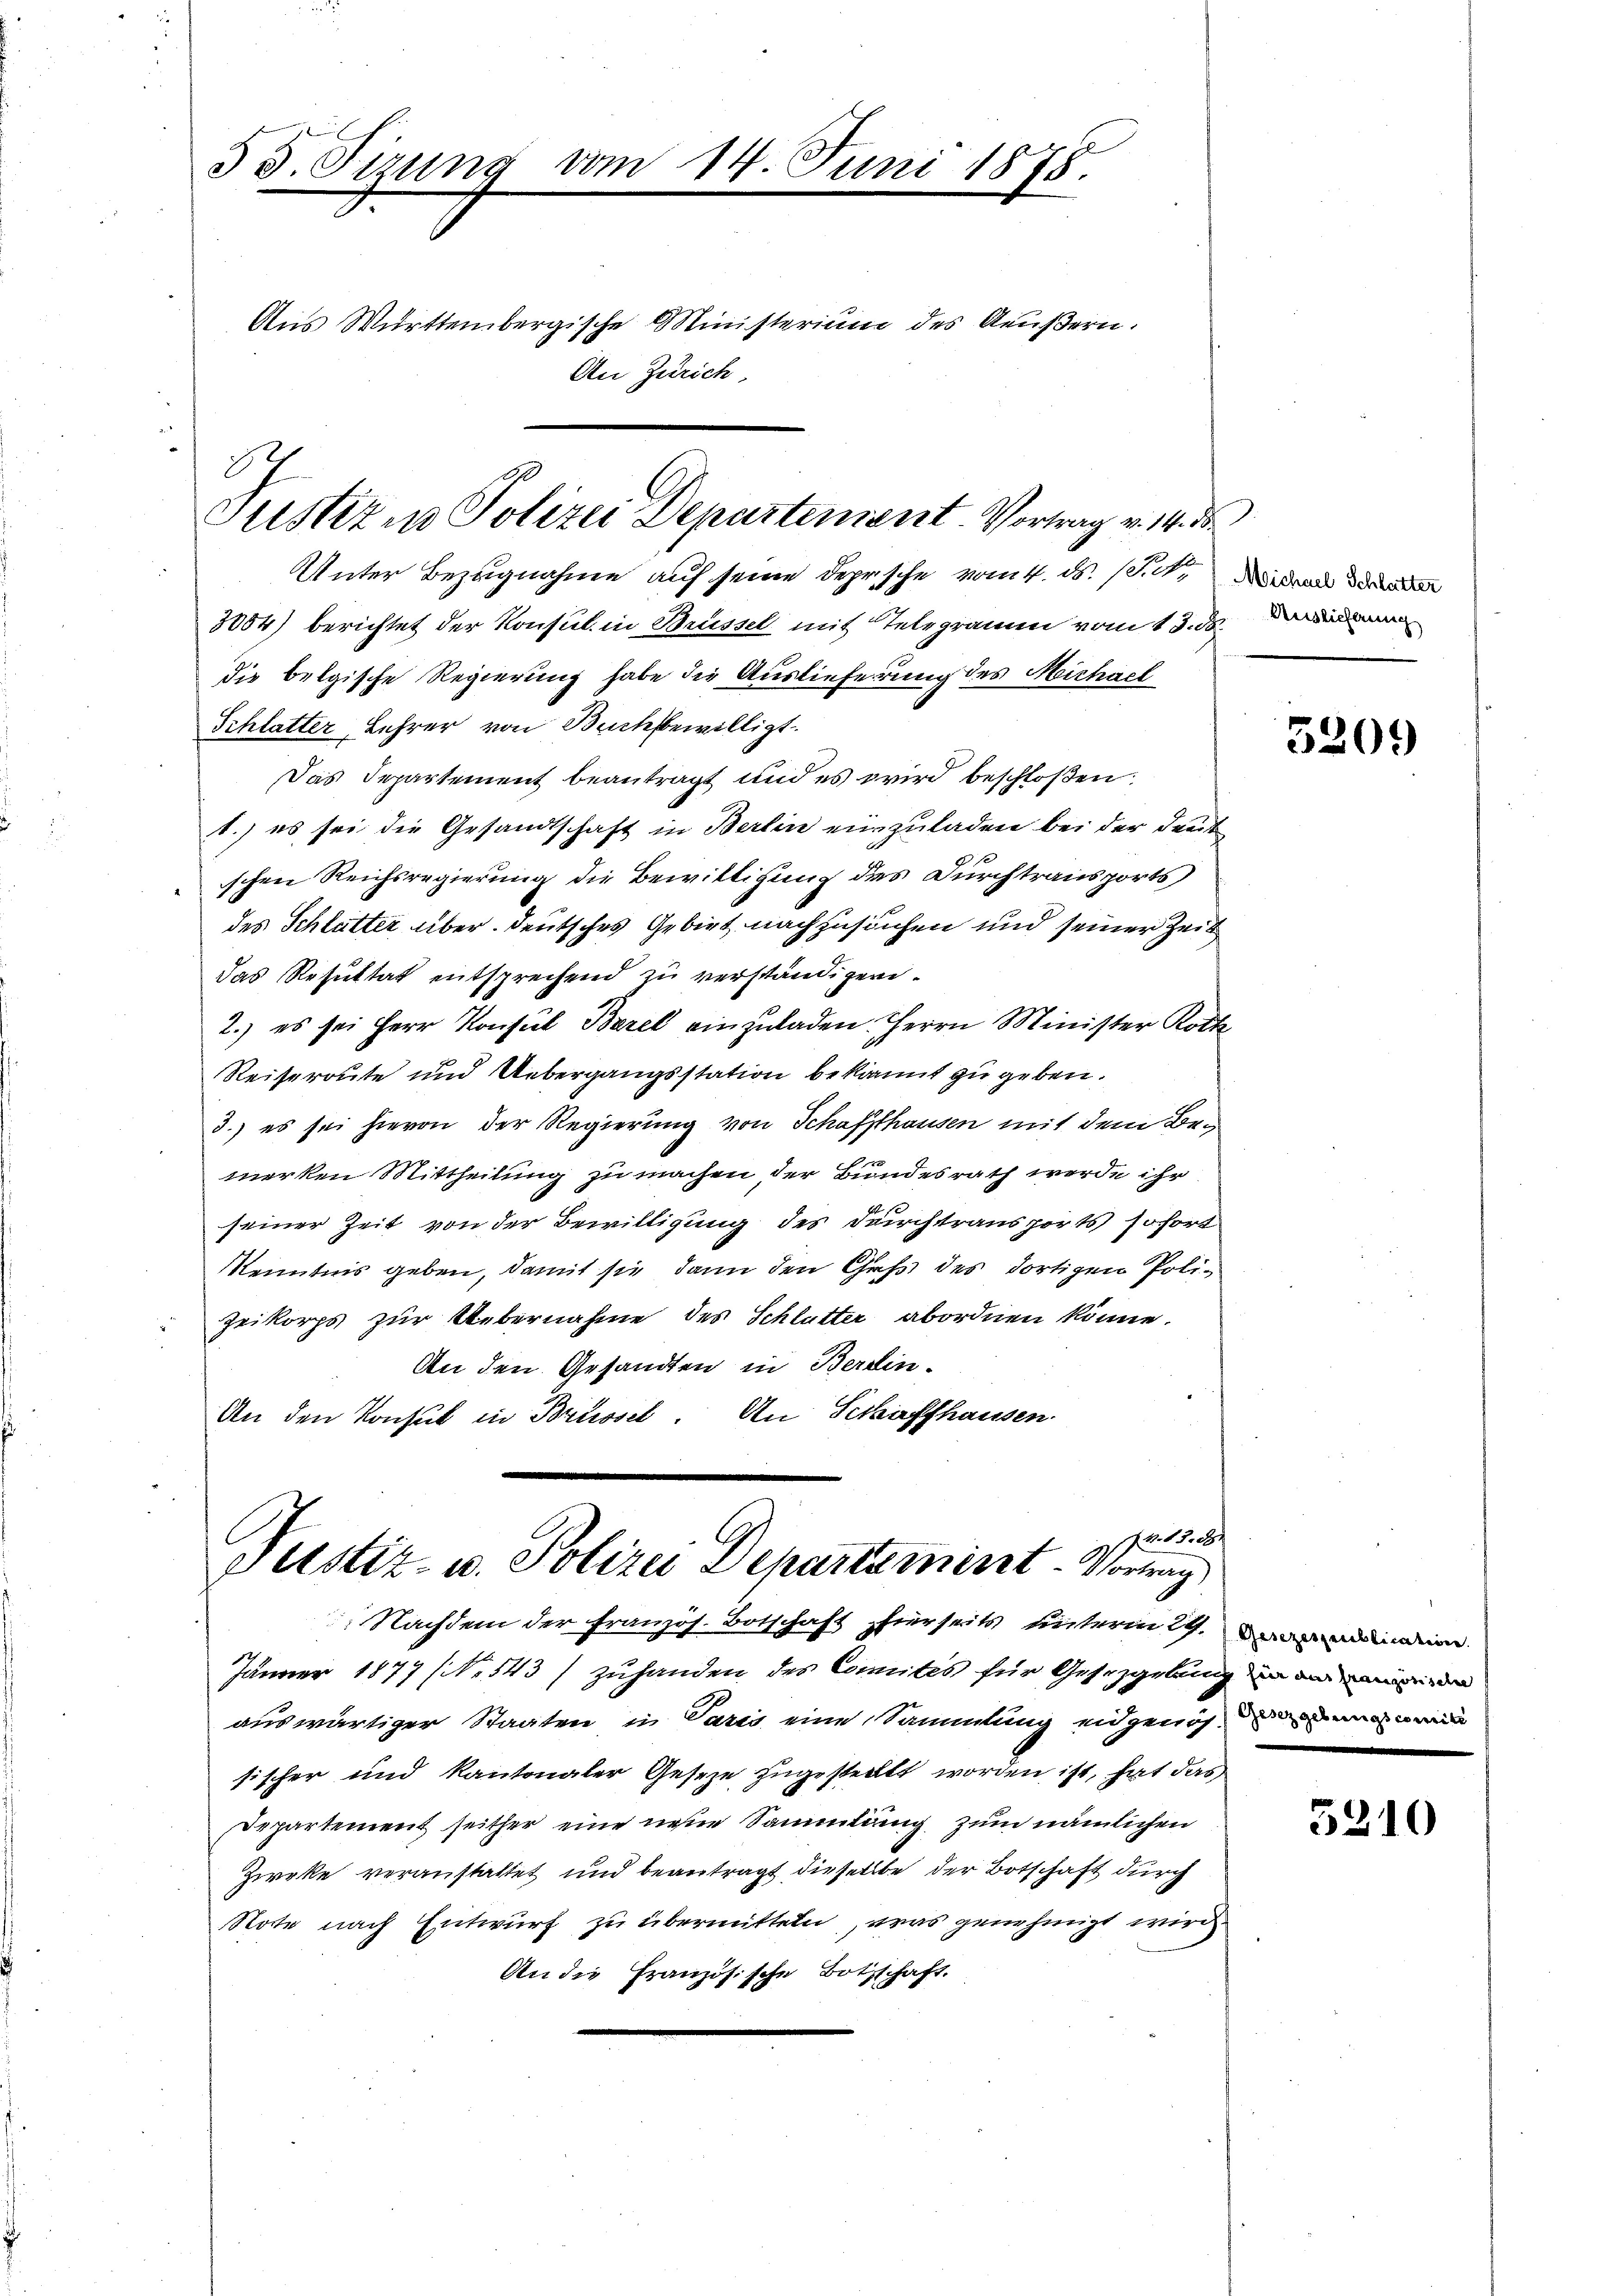
3 J. Sizung vom 14. Juni 1878.
Aus Württembergische Ministerium des Aeußern.
An Zürich,

Ich
Justiz in Polizei Departement. Vortrag v. 14. de

Unter Bezugnahme auf seine deprische vom 4. ds. (T. 4. den de
3004) berichtet der Konsul in Brüssel mit Telegramm vom 13. ds. Dan
die belgische Regierung habe die Auslieferung des Michael
Schlatter, Lehrer von Buchbewilligt.
Das Departement beantragt und es wird beschloßen:
1.) es sei die Gesandtschaft in Berlin einzuladen bei der Deut
schen Reichsregierung die Bewilligung des Durchtransports
des Schlatter über deutsches Gebiet nachzusuchen und seiner Zeit
das Resultat entsprechend zu verständigen.
2.) es sei Herr Konsul Barel einzuladen Herrn Minister Rott
Reiseroute und Uebergangsstation bekannt zu geben.
3.) es sei hievon der Regierung von Schaffhausen mit dem Be-
merken Mittheilung zu machen, der Bundesrath werde ihr
seiner Zeit von der Bewilligung des Durchtransports sofort
Kenntnis geben, damit sie dann den Gaß des dortigen Poli¬
Zeikorps zur Uebernahme des Schlutter abordnen könne.
An den Gesandten in Berein-
An den Konsul in Brüssel. An Schaffhausen

15. 28
Pustiz- u. Polizei Departamirt Vortrag
Nachdem der französ. Botschaft hierseits unterm 29. einen

Jänner 1877 (Nr. 143/ zuhanden des Comites für Gesezgelung in d
auswärtiger Staaten in Paris eine Sammlung eidgenös-
tischer und Kantonaler Geseze zugestellt worden ist, hat das
Departement seither eine neue Sammlung zum nämlichen
Zirke veranstattet und beantragt dieselbe der Botschaft durch
Note nach Entwurf zu übermitteln, was genehmigt wird
An die Französische Botschaft.

5209

Gesetzgebungscomite

5210